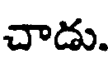
చాడు.